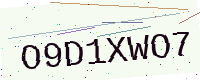
Text: O9D1XWO7